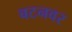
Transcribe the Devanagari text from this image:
बटनवर